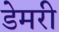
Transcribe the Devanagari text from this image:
डेमरी